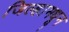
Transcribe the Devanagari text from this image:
जिल्हामधून